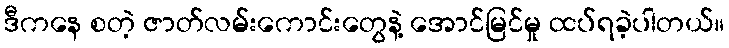
ဒီကနေ စတဲ့ ဇာတ်လမ်းကောင်းတွေနဲ့ အောင်မြင်မှု ထပ်ရခဲ့ပါတယ်။